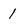
Character: 1